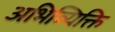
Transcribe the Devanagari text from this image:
अभिव्यिक्ति